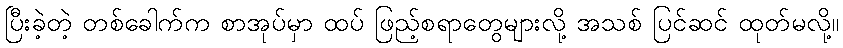
ပြီးခဲ့တဲ့ တစ်ခေါက်က စာအုပ်မှာ ထပ် ဖြည့်စရာတွေများလို့ အသစ် ပြင်ဆင် ထုတ်မလို့။